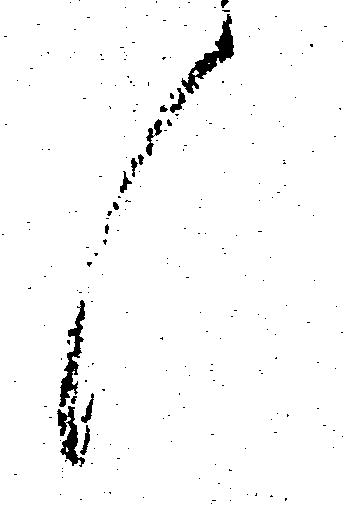
く